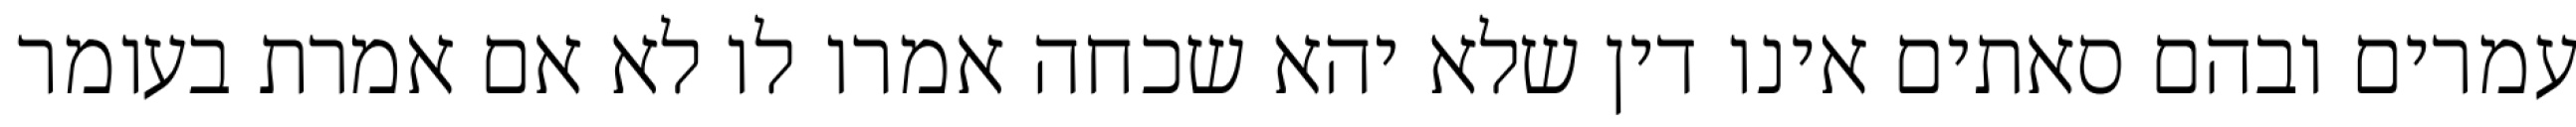
עמרים ובהם סאתים אינו דין שלא יהא שכחה אמרו לו לא אם אמרת בעומר